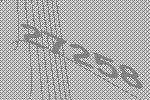
27258